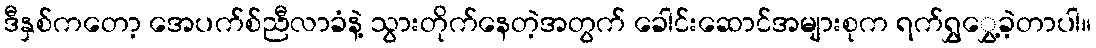
ဒီနှစ်ကတော့ အေပက်စ်ညီလာခံနဲ့ သွားတိုက်နေတဲ့အတွက် ခေါင်းဆောင်အများစုက ရက်ရွှွှေ့ခဲ့တာပါ။